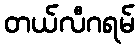
တယ်လီဂရမ်